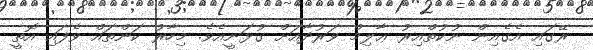
ރޭގައި އެގެއިން ނުކުތްއިރު ޢާލިމް ވަރުދާއަށް ގުޅަނީއެވެ. މިހާރު ކަންތައް ވެފައި އޮތީ